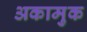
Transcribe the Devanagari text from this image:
अकामुक